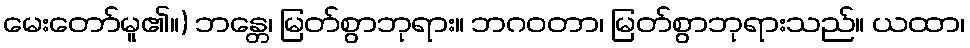
မေးတော်မူ၏။) ဘန္တေ၊ မြတ်စွာဘုရား။ ဘဂဝတာ၊ မြတ်စွာဘုရားသည်။ ယထာ၊